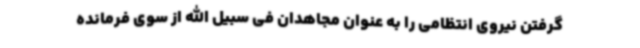
گرفتن نیروی انتظامی را به عنوان مجاهدان فی سبیل الله از سوی فرمانده